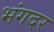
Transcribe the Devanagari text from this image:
भंगदर